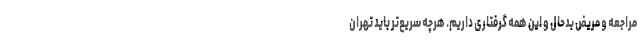
مراجعه و مریض بدحال و این همه گرفتاری داریم. هرچه سریع‌تر باید تهران